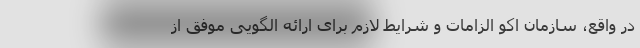
در واقع، سازمان اکو الزامات و شرایط لازم برای ارائه الگویی موفق از